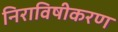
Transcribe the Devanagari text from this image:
निराविषीकरण